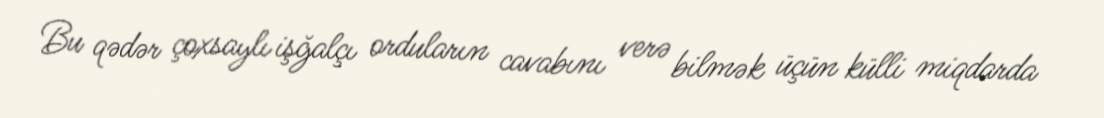
Bu qədər çoxsaylı işğalçı orduların cavabını verə bilmək üçün külli miqdarda